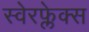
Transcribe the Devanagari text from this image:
स्वेरफ्लेक्स